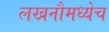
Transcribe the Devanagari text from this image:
लखनौमध्येच